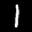
Label: 1